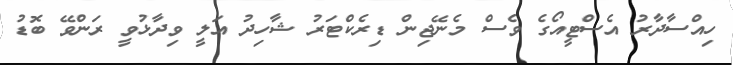
ހިއްސާދާރު އެސްޓީއޯގެ ވެސް މެނޭޖިން ޑިރެކްޓަރު ޝާހިދު އަލީ ވިދާޅުވީ ރަންވޭ ބޮޑު